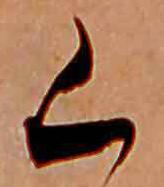
く